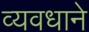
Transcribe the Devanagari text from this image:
व्यवधाने